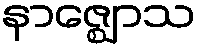
နာဇ္ဈောသ